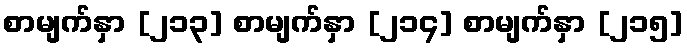
စာမျက်နှာ [၂၁၃] စာမျက်နှာ [၂၁၄] စာမျက်နှာ [၂၁၅]